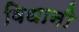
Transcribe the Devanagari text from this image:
विधानी